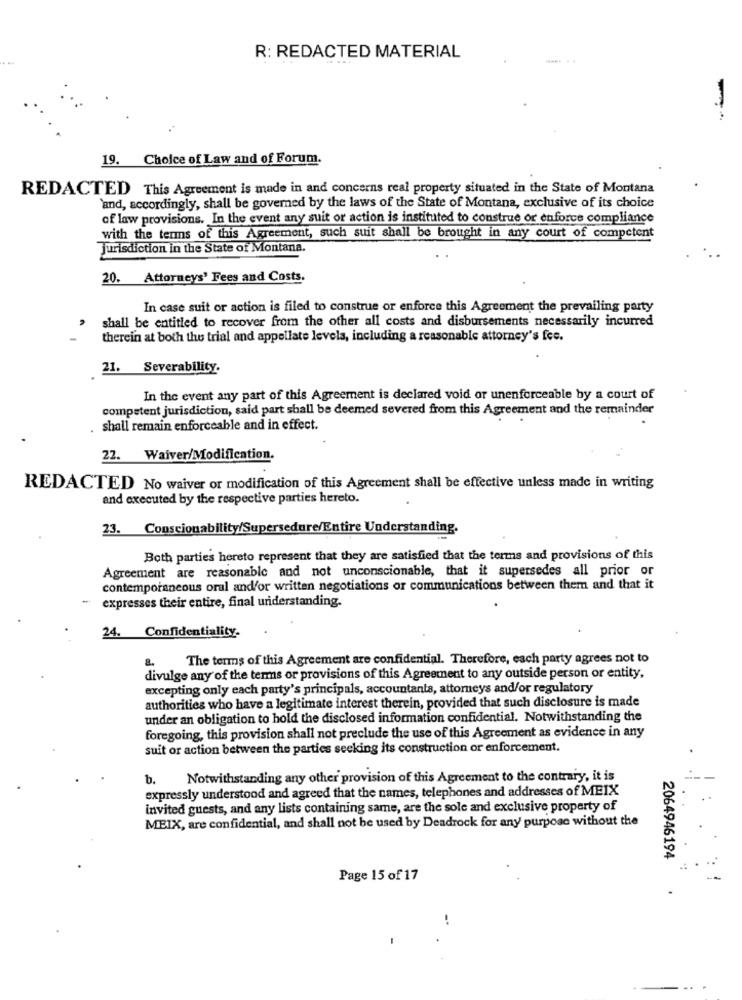
R: REDACTED MATERIAL
19. Choice of Law and of Forum.
REDACTED This Agreement is made in and concerns real property situated in the State of Montana
and, accordingly, shall be governed by the laws of the State of Montana, exclusive of its choice
of law provisions. In the event any suit or action is instituted to construe or enforce compliance
with the tens of this Agreement, such suit shall be brought in any court of competent
Jurisdiction in the State of Montana.
20. Attorneys' Fees and Costs.
In case suit or action is filed to construe or enforce this Agreement the prevailing party
shall be entitled to recover from the other all costs and disbursements necessarily incurred
therein at both the trial and appellate levels, including a reasonable attorney's fee.
21.
Severability.
In the event any part of this Agreement is declared void or unenforceable by a court of
competent jurisdiction, said part shall be deemed severed from this Agreement and the remainder
shall remain enforceable and in effect.
22. Waiver/Modification.
REDACTED No waiver or modification of this Agreement shall be effective unless made in writing
and executed by the respective parties hereto.
23. Conscionability/Supersedure/Entire Understanding.
Both parties hereto represent that they are satisfied that the terms and provisions of this
Agreement are reasonable and not unconscionable, that it supersedes all prior or
contemporaneous oral and/or written negotiations or communications between them and that it
-
expresses their entire, final understanding.
24. Confidentiality-
The terms of this Agreement are confidential. Therefore, each party agrees not to
divulge any of the terms or provisions of this Agreement to any outside person or entity,
excepting only each party's principals, accountants, attorneys and/or regulatory
authorities who have a legitimate interest therein, provided that such disclosure is made
under an obligation to hold the disclosed information confidential. Notwithstanding the
foregoing, this provision shall not preclude the use of this Agreement as evidence in any
suit or action between the parties seeking its construction or enforcement.
b.
Notwithstanding any other provision of this Agreement to the contrary, it is
expressly understood and agreed that the names, telephones and addresses of MEIX
invited guests, and any lists containing same, are the sole and exclusive property of
MEIX, are confidential, and shall not be used by Deadrock for any purpose without the
2064946194
Page 15 of 17